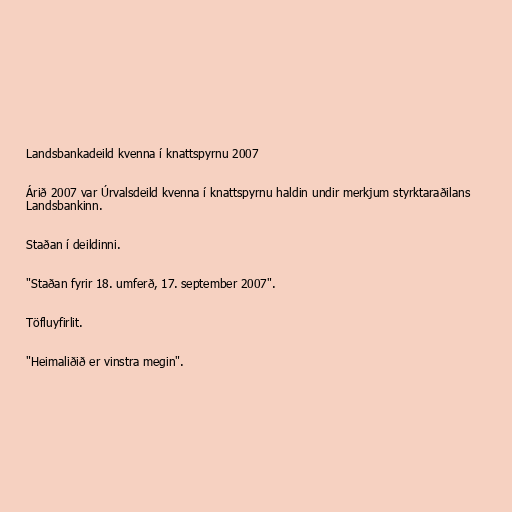
Landsbankadeild kvenna í knattspyrnu 2007

Árið 2007 var Úrvalsdeild kvenna í knattspyrnu haldin undir merkjum styrktaraðilans
Landsbankinn.

Staðan í deildinni.

"Staðan fyrir 18. umferð, 17. september 2007".

Töfluyfirlit.

"Heimaliðið er vinstra megin".